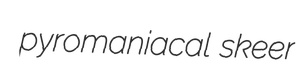
pyromaniacal skeer